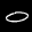
Label: 0